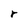
Character: r